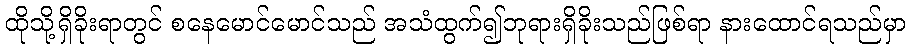
ထိုသို့ရှိခိုးရာတွင် စနေမောင်မောင်သည် အသံထွက်၍ဘုရားရှိခိုးသည်ဖြစ်ရာ နားထောင်ရသည်မှာ